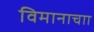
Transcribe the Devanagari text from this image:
विमानाचाा